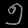
Digit: ၅